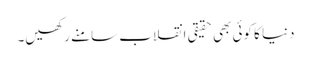
دنیا کا کوئی بھی حقیقی انقلاب سامنے رکھیں۔